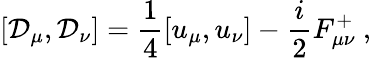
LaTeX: \left[\mathcal{D}_{\mu},\mathcal{D}_{\nu}\right]=\frac{{1}}{{4}}\left[u_{\mu},u_{\nu}\right]-\frac{{i}}{{2}}F_{\mu\nu}^{+}~,